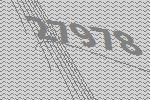
27978